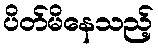
ပိတ်မိနေသည့်